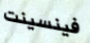
فينسينت